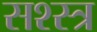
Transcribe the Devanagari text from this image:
सश्स्त्र